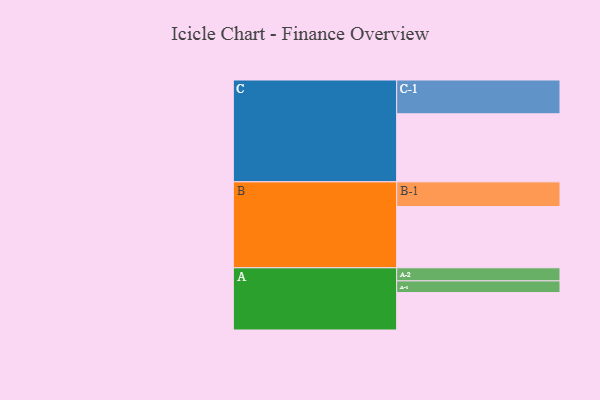
{"axis": {"x": "Segment", "y": "Value"}, "legend": ["", "A", "B", "C"], "data": [{"x": "A", "y": 312, "type": ""}, {"x": "B", "y": 511, "type": ""}, {"x": "C", "y": 568, "type": ""}, {"x": "A-1", "y": 98, "type": "A"}, {"x": "A-2", "y": 109, "type": "A"}, {"x": "B-1", "y": 206, "type": "B"}, {"x": "C-1", "y": 282, "type": "C"}]}